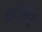
પટાવવા